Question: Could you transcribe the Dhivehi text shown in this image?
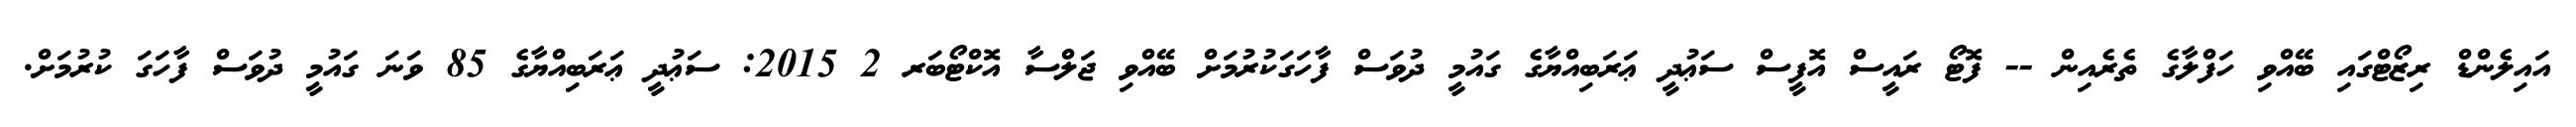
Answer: އައިލެންޑް ރިޒޯޓްގައި ބޭއްވި ހަފްލާގެ ތެރެއިން -- ފޮޓޯ ރައީސް އޮފީސް ސަޢުދީ ޢަރަބިއްޔާގެ ގައުމީ ދުވަސް ފާހަގަކުރުމަށް ބޭއްވި ޖަލްސާ އޮކްޓޯބަރ 2 2015: ސަޢުދީ ޢަރަބިއްޔާގެ 85 ވަނަ ގައުމީ ދުވަސް ފާހަގަ ކުރުމަށް.